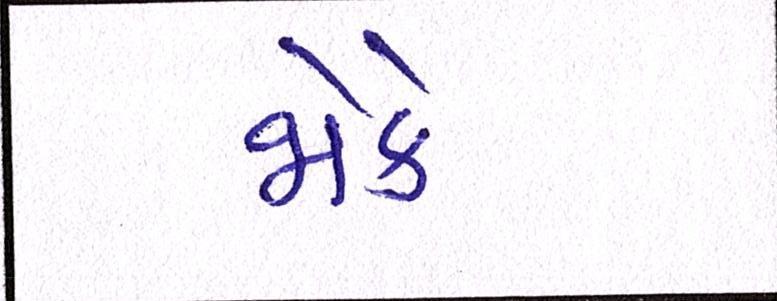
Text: જોકે